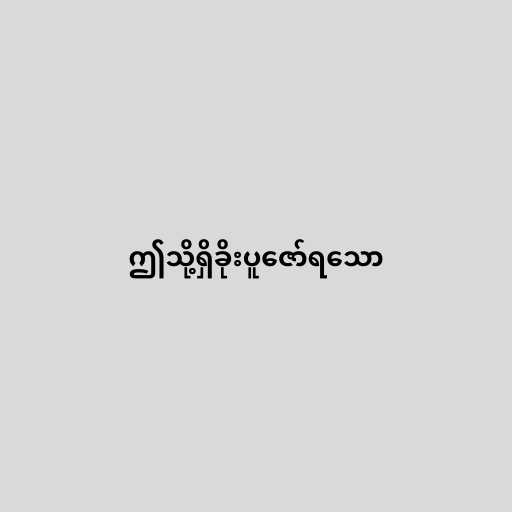
ဤသို့ရှိခိုးပူဇော်ရသော